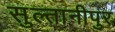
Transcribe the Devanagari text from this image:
सुल्तानीपुर